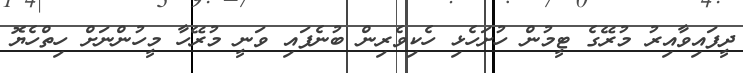
ދީފައިވާއިރު މުރޭގެ ޓީމުން ހުށަހެޅި ހެކިވެރިން ބުނެފައި ވަނީ މުރޭހާ މީހުންނަށް ހިތްހެޔޮ